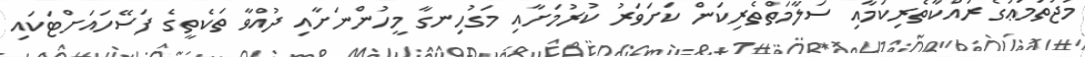
މުޖުތަމަޢުގެ ރައްކާތެރިކަމާއި ސަލާމަތްތެރިކަން ކަށަވަރު ކުރުމަށާއި މަގުހިނގާ މީހުންނަށާއި ދުއްވާ ތަކެތީގެ ފަސޭހައަށްޓަކައި